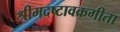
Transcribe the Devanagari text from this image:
श्रीमदष्टावक्रगीता